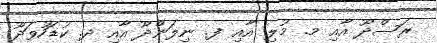
ރަސްދޫ އާއި މ. މުލި އާއި ފ. ނިލަންދޫ އާއި ދ. ކުޑަހުވަދޫ